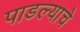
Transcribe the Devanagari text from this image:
पाडल्याचे